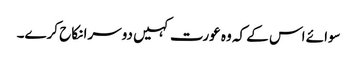
سوائے اس کے کہ وہ عورت کہیں دوسرا نکاح کرے۔